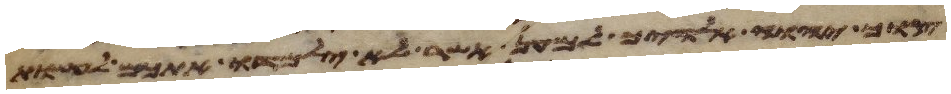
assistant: צוך יהוה אלהיך למען אשר לא ילמדו אתכם לעשות